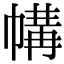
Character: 㡚